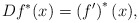
\begin{align*}Df^{\ast }(x)=\left( f^{\prime }\right) ^{\ast }(x), \end{align*}